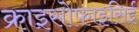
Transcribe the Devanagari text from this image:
क्राइसोफाइसिई